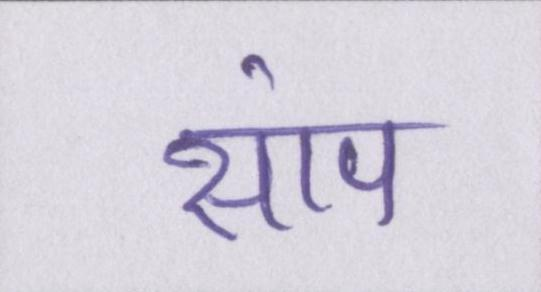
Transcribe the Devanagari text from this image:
सांप